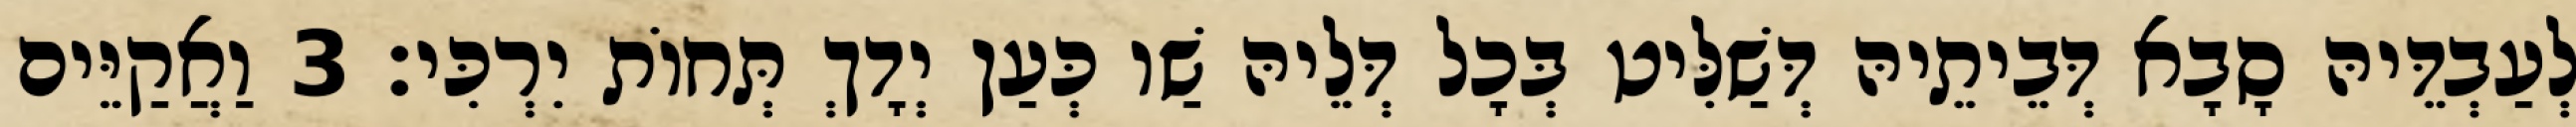
לְעַבְדֵּיהּ סָבָא דְּבֵיתֵיהּ דְּשַׁלִּיט בְּכָל דְּלֵיהּ שַׁו כְּעַן יְדָךְ תְּחוֹת יִרְכִּי׃ 3 וַאֲקַיֵּים